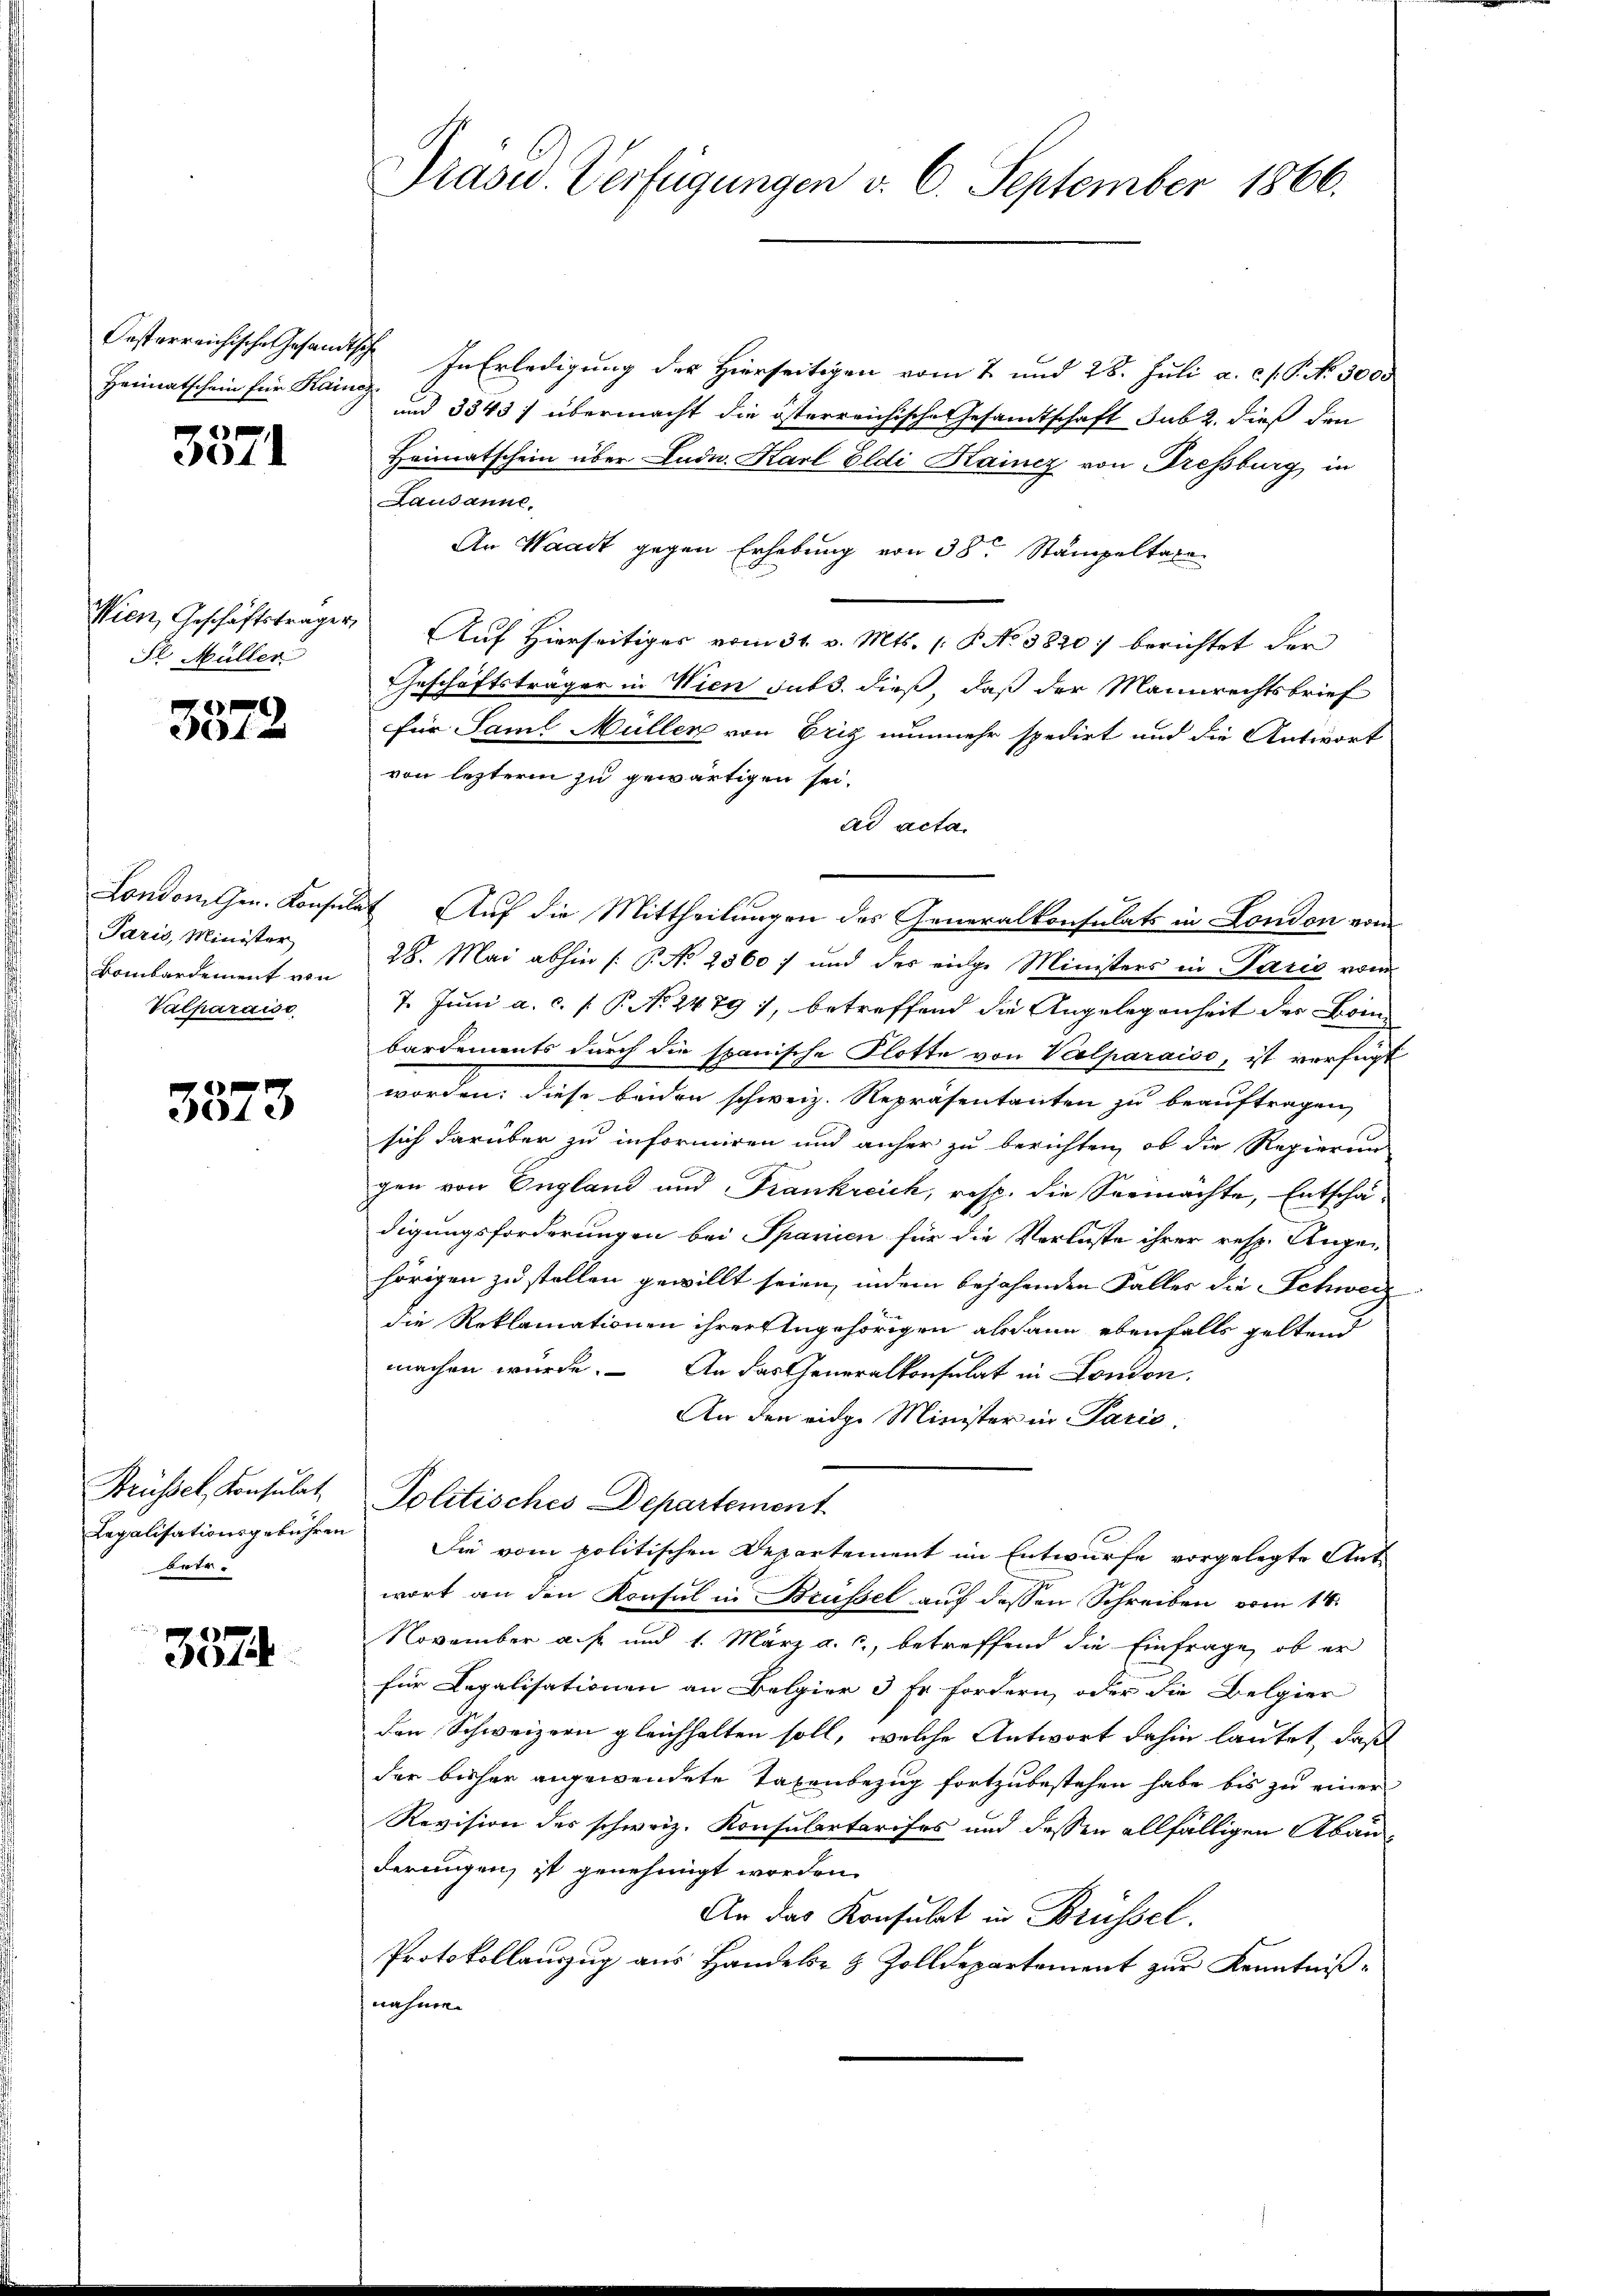
Hermatschein für Kainag

3571

Wien, Geschäftsträger,
Sl. Müller

3572

London. Gen. Konsula
Paris, Minister
Bombardement von
Valparaise

3873

Brüssel, Konsulat
Legalisationsgebühren
betr.

357

Präsid. Verfügungen v. 6. September 1866.

Oesterreichische Gesandtsch. In Erledigung der Hierseitigen vom 2. und 28. Juli a. c. f. P. No. 3000
und 3343) übermacht die österreichische Gesamtschaft sub 2. dieß den
Heimatschein über Ludn. Karl Eldi Kainz von Dressburg in
Lausanne,
An Waadt gegen Erhebung von 38. Stampeltalen
Auf Hierseitiges vom 31. v. Mts. [P No 3820) berichtet der
Geschäftsträger in Wien sub. dieß, daß der Mannrechtsbrief
für Saml Müller von Eriz nunmehr spedirt und die Antwort
von lezterm zu gewärtigen sei.
ad acta.
 Auf die Mittheilungen des Generalkonsulats in London vom
28. Mai abhin /: P. Nr. 2560) und des eige Ministers in Paris vom
7. Juni a. c. P. P. N. 2479), betreffend die Angelegenheit der Bein
bardements durch die spanische Flotte von Veelparaiso, ist verfügt
worden; diese beiden schweiz. Repräsentanten zu beauftragen,
sich darüber zu informiren und anher zu berichten, ob die Regierun-
gen von England und Frankreich, resp. die Seemachte, Entschädigungsforderungen bei Spanien für die Verluste ihrer resp. Augen
hörigen zu stellen gewillt seien, indem bejahenden Falles die Schweiz
die Reklamationen ihrer Angehörigen alsdann ebenfalls geltend
machen würde. An das Generalkonsulat in London.
An den eidge Minister in Paris.
Politisches Departement
Sie vom politischen Departement im Entwurfe vorgelegte Antwort an den Konsul in Brüssel auf dessen Schreiben vom 14.
November a. f. und 1. März a. c., betreffend die Einfrage, ob er
für Legalisationen an Belgier 3 Fr. fordern, oder die Belgier
den Schweizern gleichhalten soll, welche Antwort dahin lautet, daß
der bisher angewendete Taxenbezug fortzubestehen habe bis zu einer
Revision des schweiz. Konsulartarises und dessen allfälligen Aban
derungen, ist genehmigt worden.
An das Konsulat in Brüssel.
Protokollauszug aus Handels- & Zolldepartement zur Kenntnißnahmen